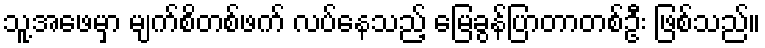
သူ့အဖေမှာ မျက်စိတစ်ဖက် လပ်နေသည့် မြေခွန်ပြာတာတစ်ဦး ဖြစ်သည်။